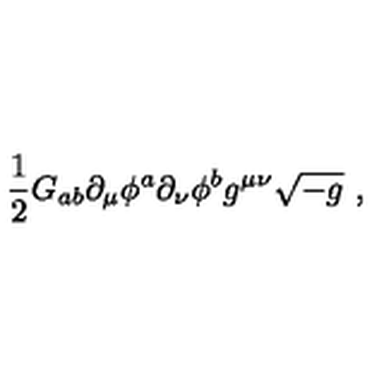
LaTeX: \frac { 1 } { 2 } G _ { a b } \partial _ { \mu } \phi ^ { a } \partial _ { \nu } \phi ^ { b } g ^ { \mu \nu } \sqrt { - g } \ ,